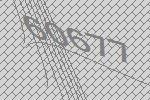
60677